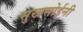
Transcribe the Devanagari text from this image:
सुखसोईनी